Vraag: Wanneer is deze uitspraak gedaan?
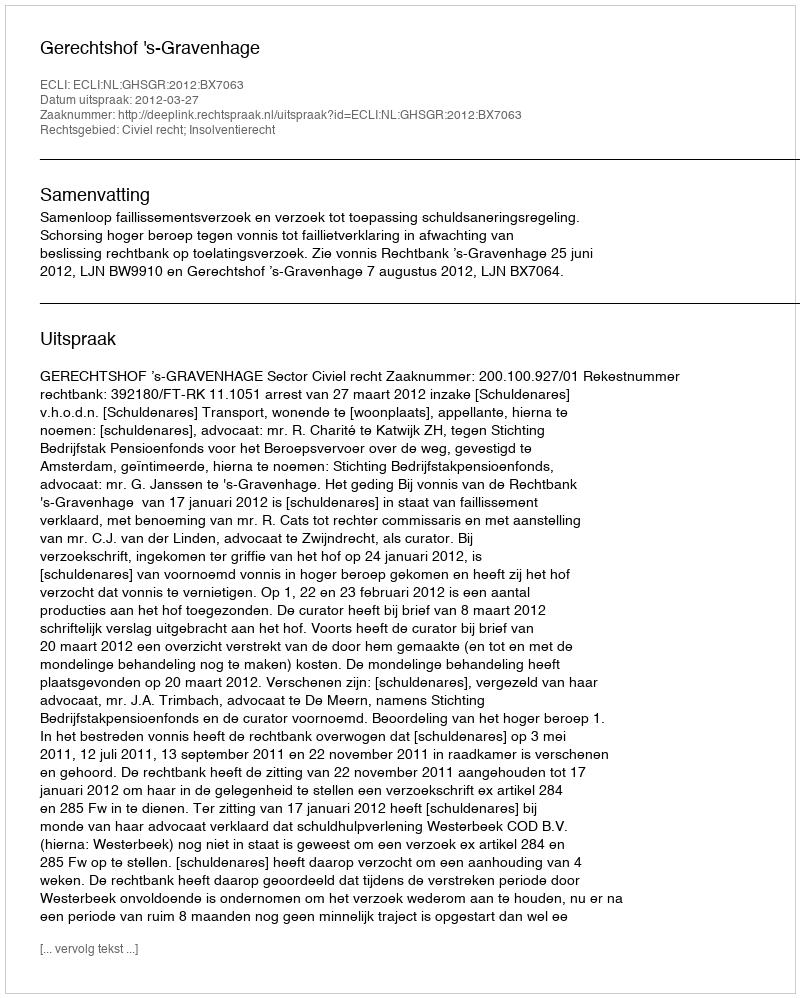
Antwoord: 2012-03-27